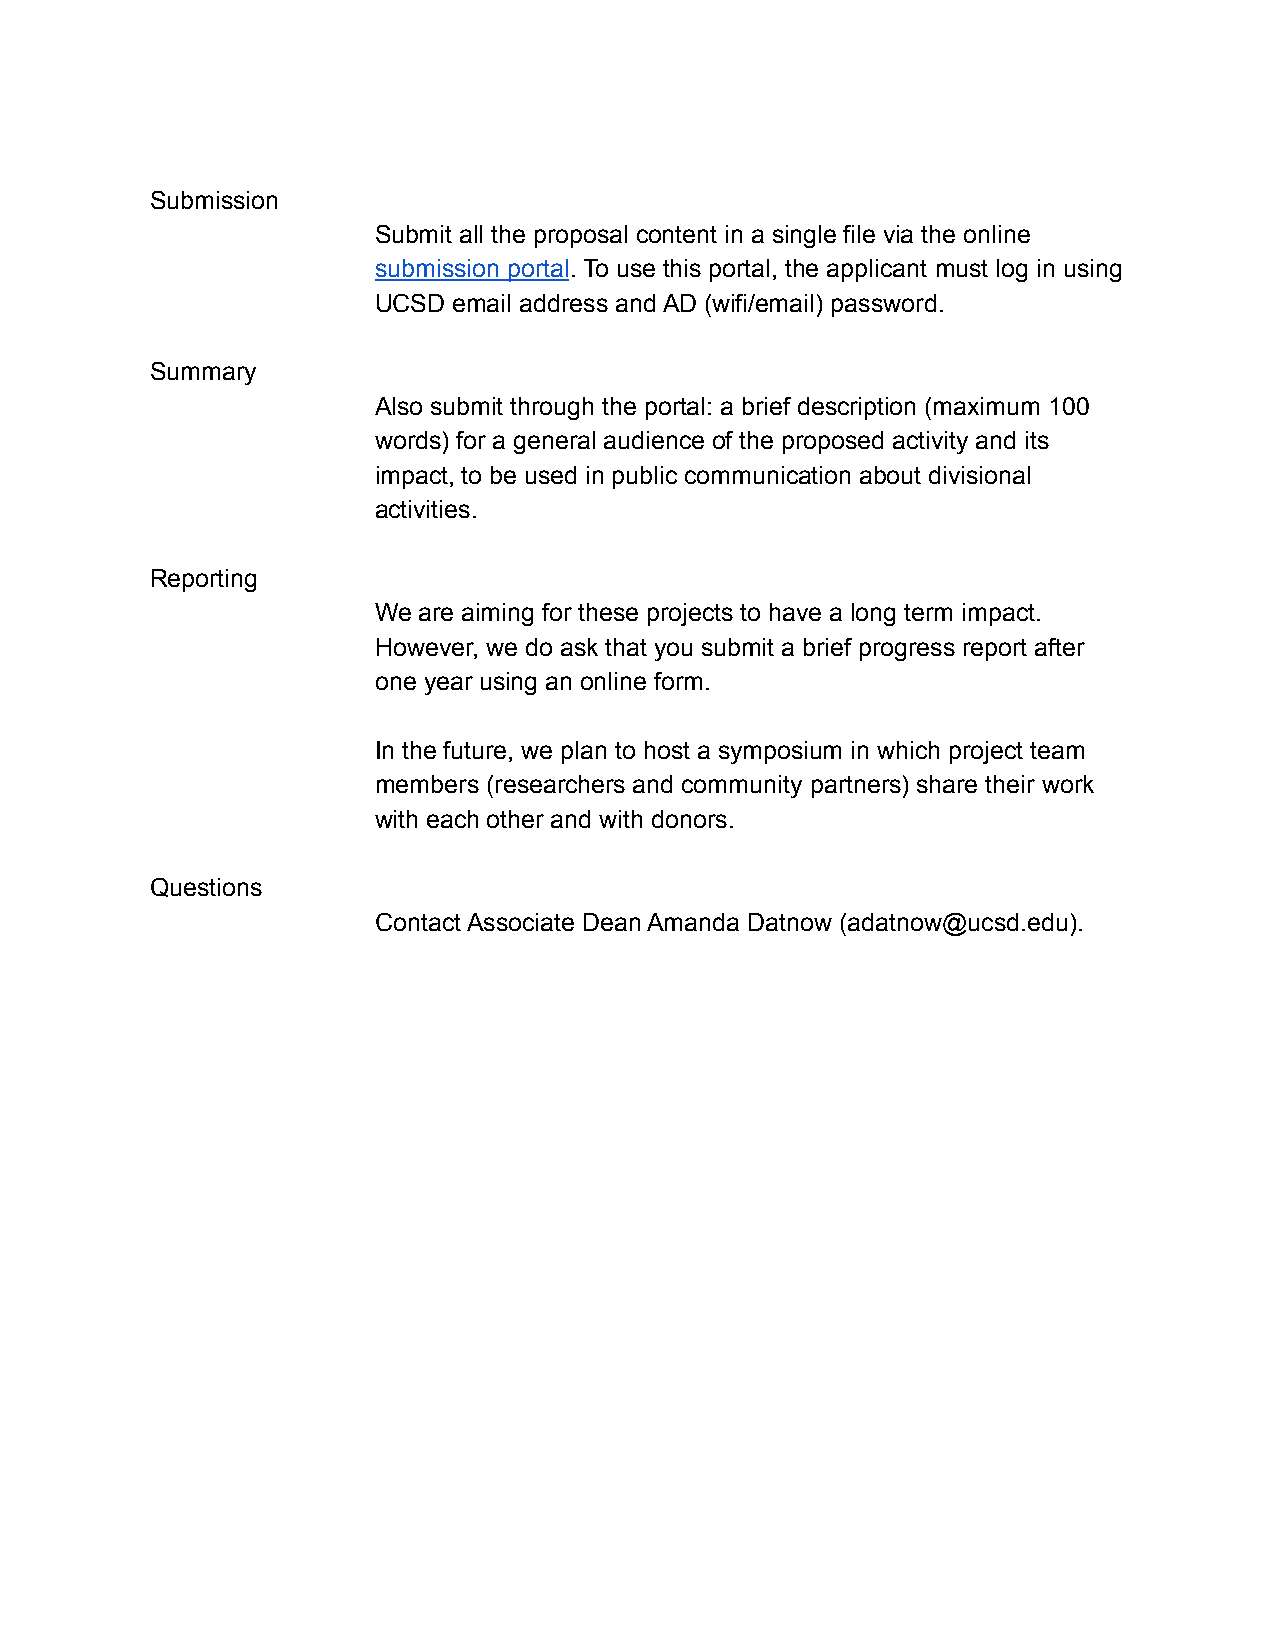
Submission
 Submit all the proposal content in a single file via the online
 submission portal. To use this portal, the applicant must log in using
 UCSD email address and AD (wifi/email) password.
 Summary
 Also submit through the portal: a brief description (maximum 100
 words) for a general audience of the proposed activity and its
 impact, to be used in public communication about divisional
 activities.
 Reporting
 We are aiming for these projects to have a long term impact.
 However, we do ask that you submit a brief progress report after
 one year using an online form.
 In the future, we plan to host a symposium in which project team
 members (researchers and community partners) share their work
 with each other and with donors.
 Questions
 Contact Associate Dean Amanda Datnow (adatnow@ucsd.edu).